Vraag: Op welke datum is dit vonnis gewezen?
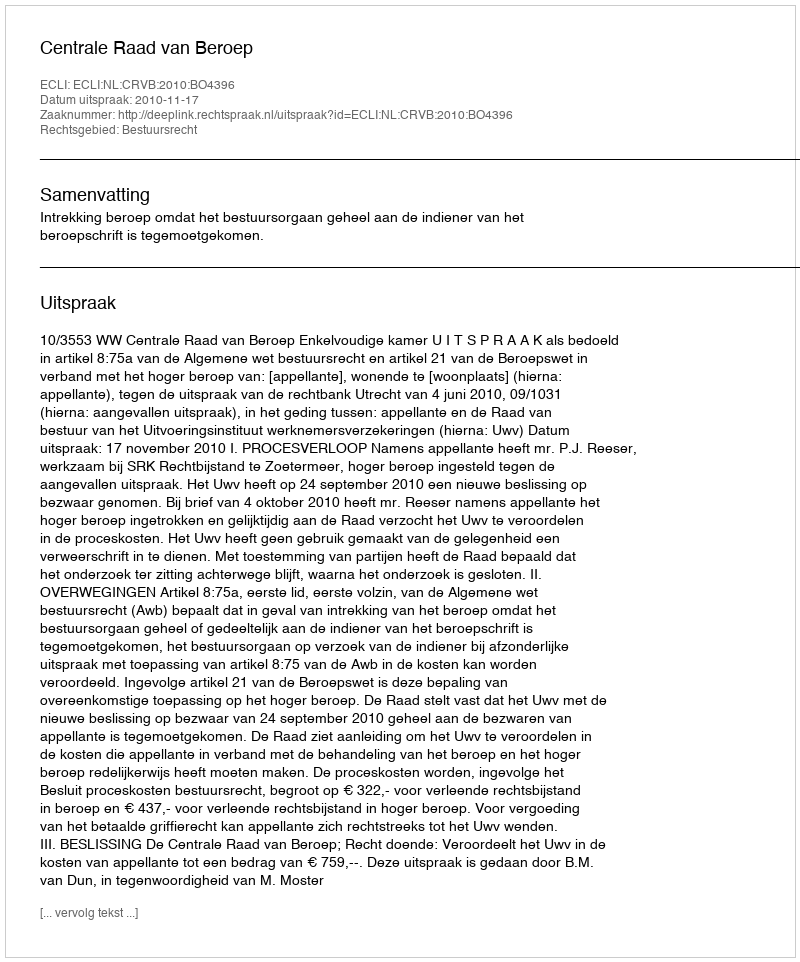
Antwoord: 2010-11-17